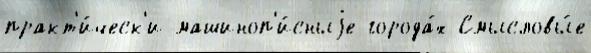
практ'и́ческ'и машиноп'и́сныjе города́х Смысловы́е